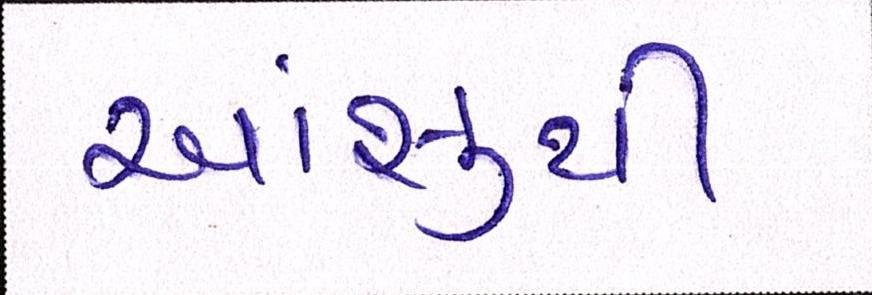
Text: આંસુથી